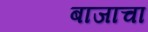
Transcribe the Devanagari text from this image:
बाजाचा